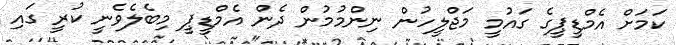
ކަމަށް އެމްޑީޕީގެ ގައުމީ މަޖްލީހުން ނިންމުމުން ދެން އެމްޑީޕީ މިބެލެވެނީ ކުރީ ގައި